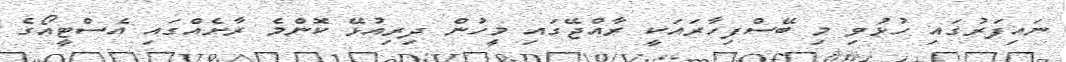
ނައިފަރުގައި ހުޅުވި މި ބޭސްފިހާރައަކީ ރާއްޖޭގައި މީހުން ދިރިއުޅޭ ކޮންމެ ރާށެއްގައި އެސްޓީއޯގެ